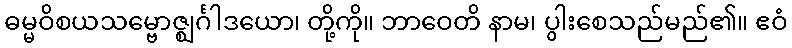
ဓမ္မဝိစယသမ္ဗောဇ္ဈင်္ဂါဒယော၊ တို့ကို။ ဘာဝေတိ နာမ၊ ပွါးစေသည်မည်၏။ ဧဝံ